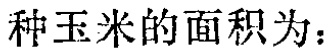
种玉米的面积为：